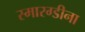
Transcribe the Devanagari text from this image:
स्मारग्डीना